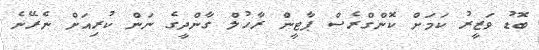
ބޮޑު ވަޒީރު ކަމަށް ކޮންގްރެސް ޕާޓީން ރާހުލް ގާންދީގެ ނަން ކުރިއަށް ނެރޭނެ